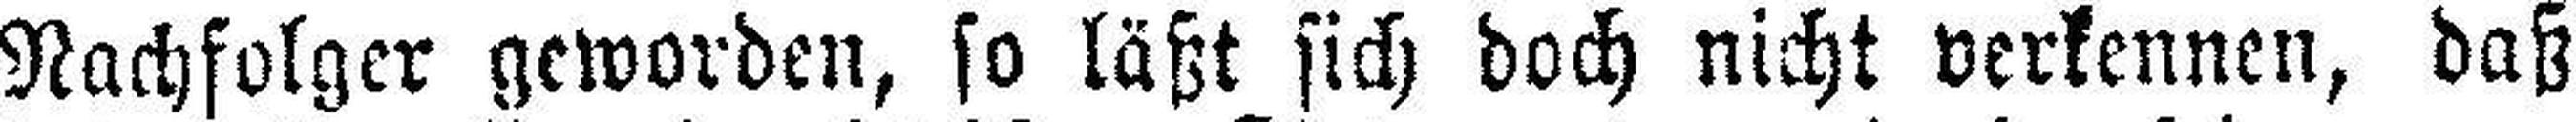
Nachfolger geworden, so läßt sich doch nicht verkennen, daß